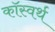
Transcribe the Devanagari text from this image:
कॉस्वर्थ